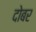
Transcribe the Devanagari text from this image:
दोबर